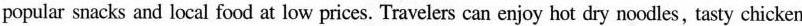
popular snacks and local food at low prices. Travelers can enjoy hot dry noodles, tasty chicken